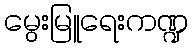
မွေးမြူရေးကဏ္ဍ